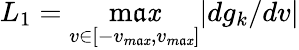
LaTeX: L_{1}=\operatorname*{m\mathfrak{a}\mathit{x}}_{v\in[-v_{m\mathfrak{a}\mathit{x}},v_{m\mathfrak{a}\mathit{x}}]}|dg_{k}/dv|